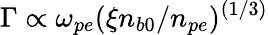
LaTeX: \Gamma\propto\omega_{pe}(\xi n_{b0}/n_{pe})^{(1/3)}